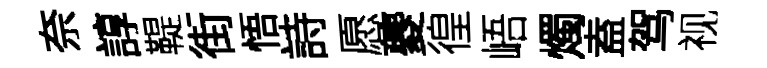
奈諄鞮街悟詩愿夔徨峿燭盍驾视